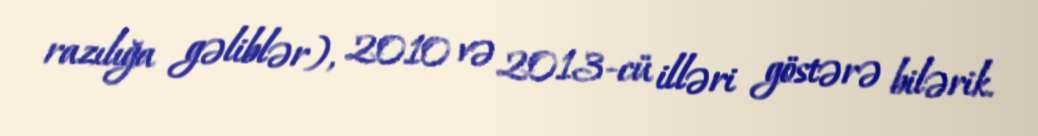
razılığa gəliblər), 2010 və 2013-cü illəri göstərə bilərik.